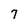
Character: 7